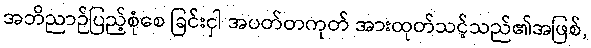
အဘိညာဉ်ပြည့်စုံစေ ခြင်းငှါ အပတ်တကုတ် အားထုတ်သင့်သည်၏အဖြစ်,